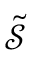
\tilde { \mathcal { S } }